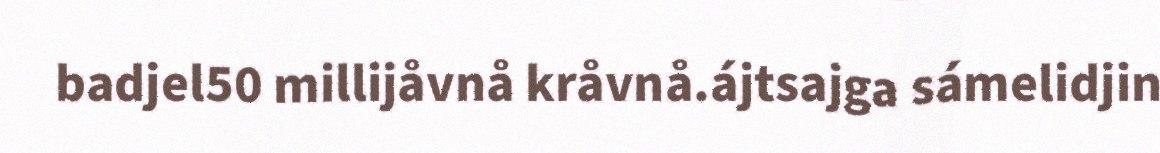
badjel50 millijåvnå kråvnå.ájtsajga sámelidjin